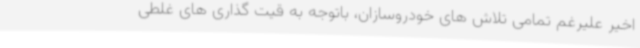
اخیر علیرغم تمامی تلاش های خودروسازان، باتوجه به قیت گذاری های غلطی